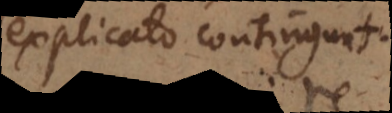
explicato contingunt.